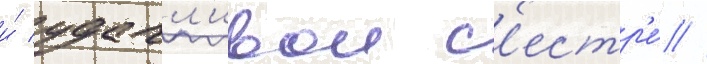
и́ удачл'ивои с'естр'е́ //